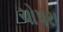
ચોપરા